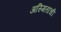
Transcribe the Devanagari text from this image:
अस्मितांची